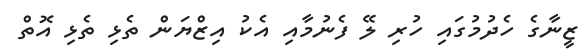
ޒީނާގެ ހެދުމުގައި ހުރި ލޭ ފެނުމާއި އެކު އިޒްޔަން ތެޅި ތެޅި އޮތް